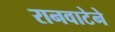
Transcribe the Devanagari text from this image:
रानवाटेने